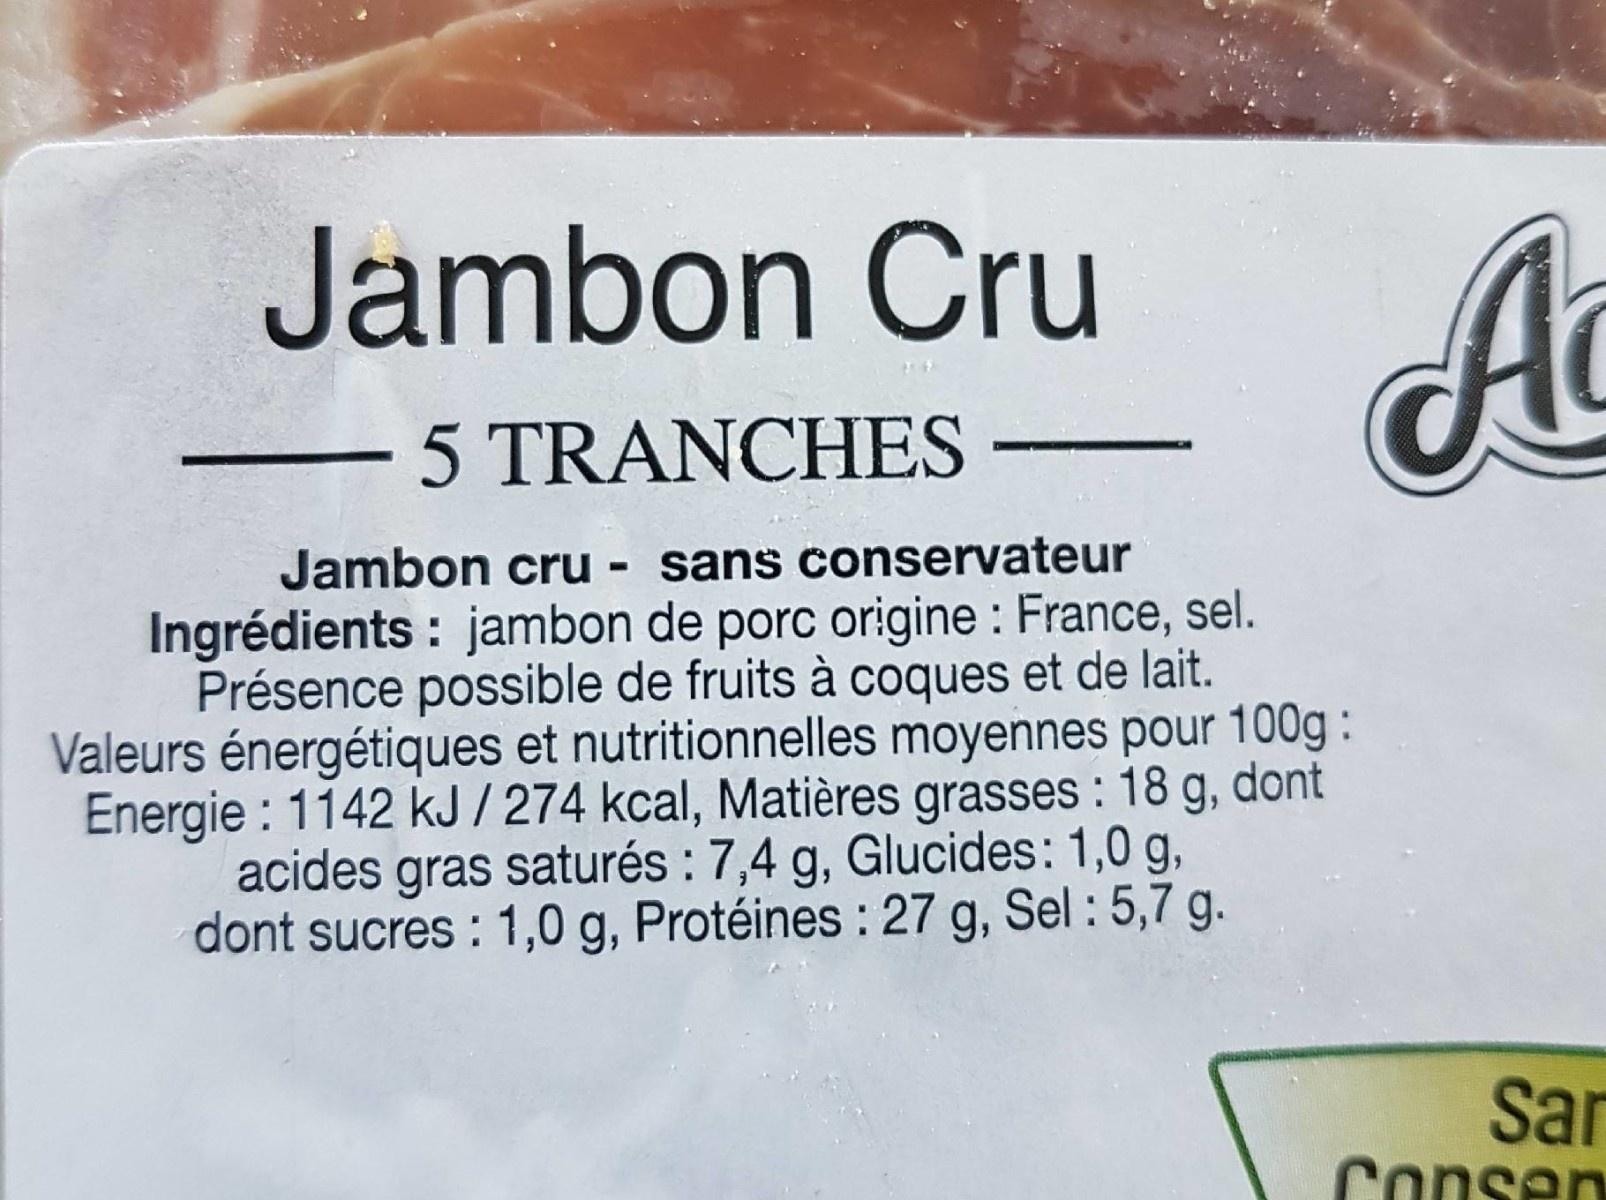
Jambon Cru
- 5 TRANCHES
Jambon cru - sans conservateur Ingrédients : jambon de porc origine : France, sel. Présence possible de fruits à coques et de lait. Valeurs énergétiques et nutritionnelles moyennes pour 100g : Energie : 1142 kJ/274 kcal, Matières grasses : 18 g, dont acides gras saturés : 7,4 g, Glucides: 1,0 g, dont sucres : 1,0 g, Protéines : 27 g, Sel : 5,7 g.
Sar Consen